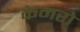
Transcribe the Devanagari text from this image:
केमरो